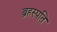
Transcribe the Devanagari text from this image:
ब्रहस्पति